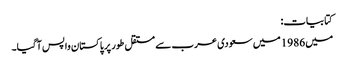
کتابیات:
میں 1986 میں سعودی عرب سے مستقل طور پر پاکستان واپس آگیا۔